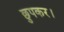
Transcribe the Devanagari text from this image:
छुपकर।